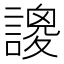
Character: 𧫝